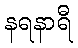
နရနာရီ